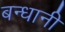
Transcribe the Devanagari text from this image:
बन्धानी